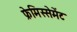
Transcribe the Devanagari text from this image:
फ्रेमिस्सेमेंट